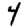
Digit: 4